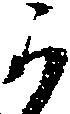
可